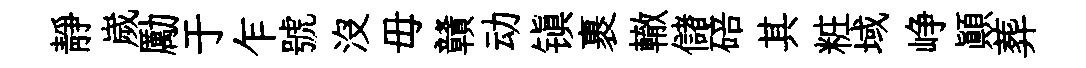
靜嵗勵于乍號沒毋贛动镇裹轍儲碚其粧域峥顛葬